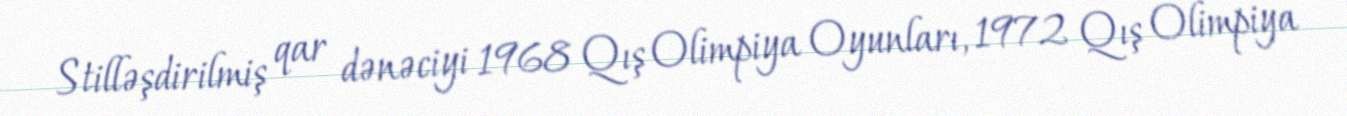
Stilləşdirilmiş qar dənəciyi 1968 Qış Olimpiya Oyunları, 1972 Qış Olimpiya